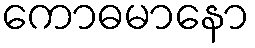
ကောဓမာနော